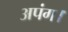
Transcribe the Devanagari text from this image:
अपंग।